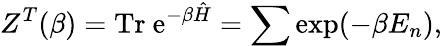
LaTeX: Z^{T}(\beta)={\mathrm{Tr~e}}^{-\beta\hat{H}}=\sum\exp(-\beta E_{n}),